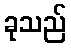
ခုသည်